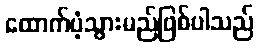
ထောက်ပံ့သွားမည်ဖြစ်ပါသည်